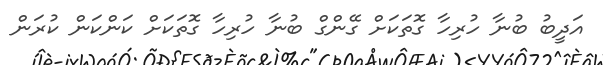
އަދީބު ބުނާ ހުރިހާ ގޮތަކަށް ގޭންގް ބުނާ ހުރިހާ ގޮތަކަށް ކަންކަން ކުރަން